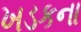
ખડકના